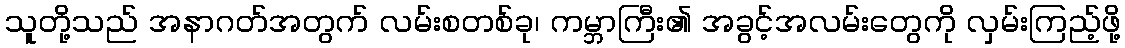
သူတို့သည် အနာဂတ်အတွက် လမ်းစတစ်ခု၊ ကမ္ဘာကြီး၏ အခွင့်အလမ်းတွေကို လှမ်းကြည့်ဖို့